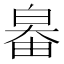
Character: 𤽻